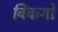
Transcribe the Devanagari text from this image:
विंकगो